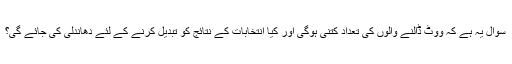
سوال يہ ہے کہ ووٹ ڈالنے والوں کی تعداد کتنی ہوگی اور کيا انتخابات کے نتائج کو تبديل کرنے کے لئے دھاندلی کی جائے گی؟